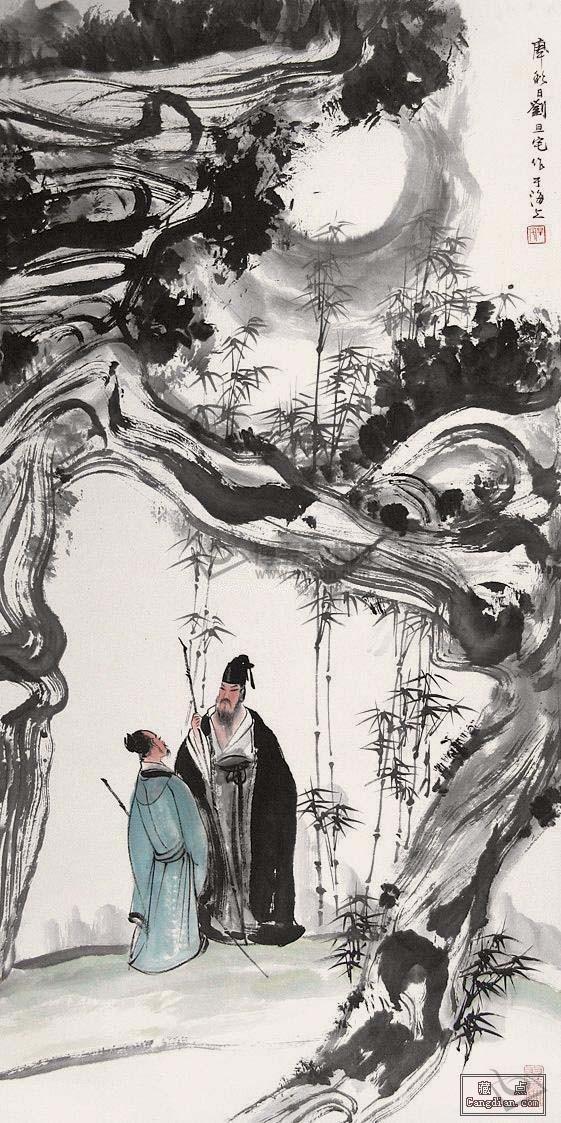
故乡归去千里，佳处辄迟留。